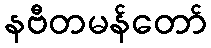
နဗီတမန်တော်